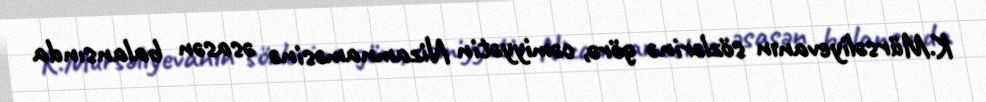
K.Mürsəliyevanın sözlərinə görə, cəmiyyətin Nizamnaməsinə əsasən balansında